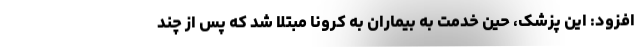
افزود: این پزشک، حین خدمت به بیماران به کرونا مبتلا شد که پس از چند